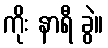
ကိုး နာရီ ခွဲ။